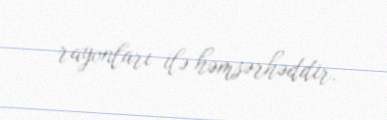
rayonları ilə həmsərhəddir.